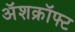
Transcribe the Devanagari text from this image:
अॅशक्रॉफ्ट